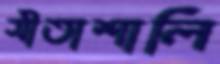
সীতাশালি